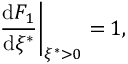
\left. { \frac { \operatorname { d } \! F _ { 1 } } { \operatorname { d } \! \xi ^ { * } } } \right| _ { \xi ^ { * } > 0 } = 1 ,